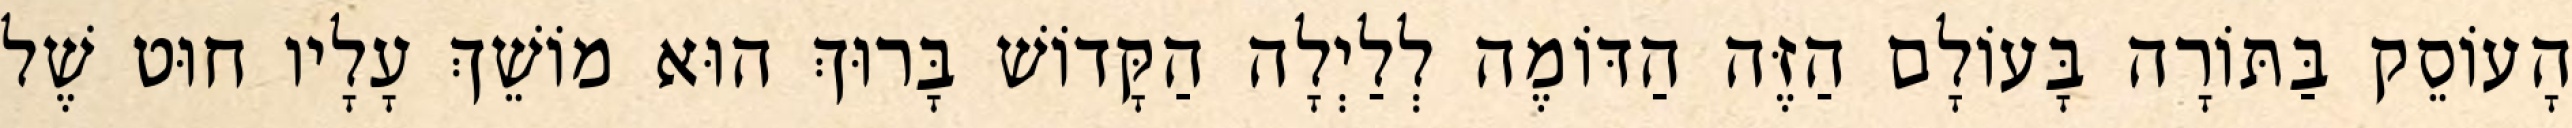
הָעוֹסֵק בַּתּוֹרָה בָּעוֹלָם הַזֶּה הַדּוֹמֶה לְלַיְלָה הַקָּדוֹשׁ בָּרוּךְ הוּא מוֹשֵׁךְ עָלָיו חוּט שֶׁל